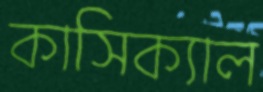
কাসিক্যাল